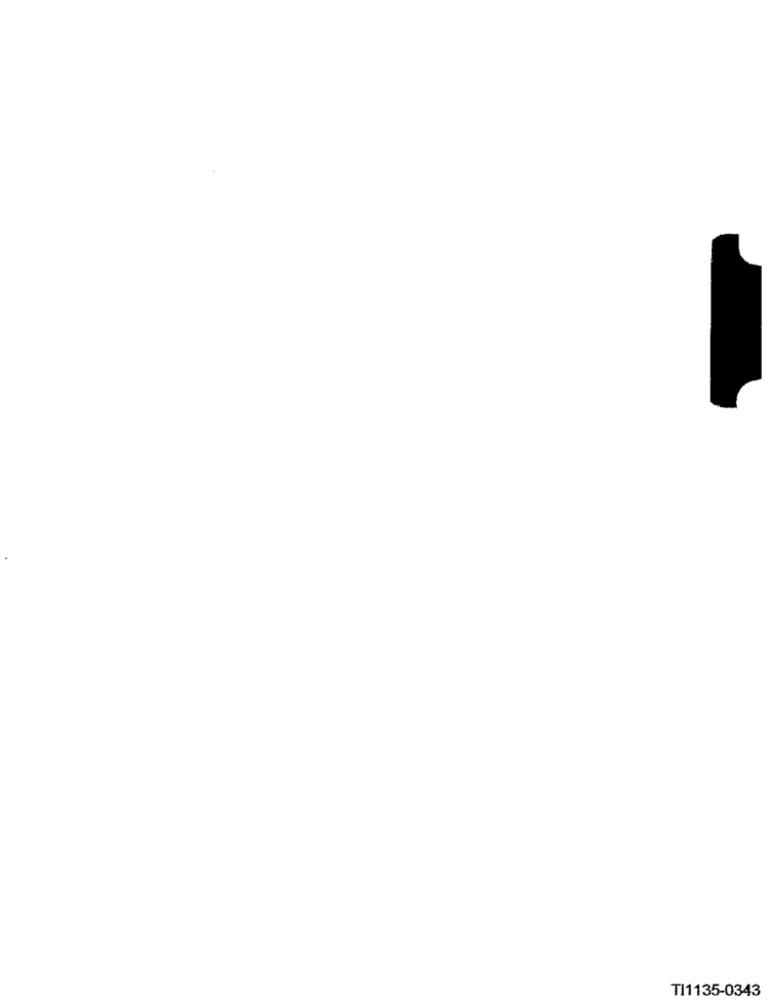
TI1135-0343